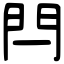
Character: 閂